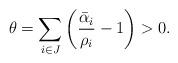
LaTeX: \begin{align*}\theta=\sum_{i\in J} \left(\frac{\bar\alpha_{i}}{\rho_{i}}-1\right)>0.\end{align*}